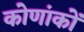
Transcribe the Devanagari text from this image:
कोणांकों